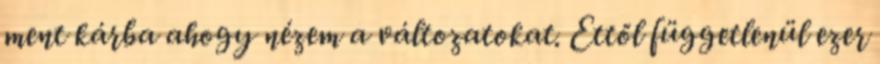
ment kárba ahogy nézem a változatokat. Ettől függetlenül ezer